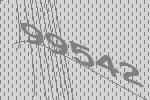
99542